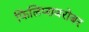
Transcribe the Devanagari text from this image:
फिलिप्सबरोबर